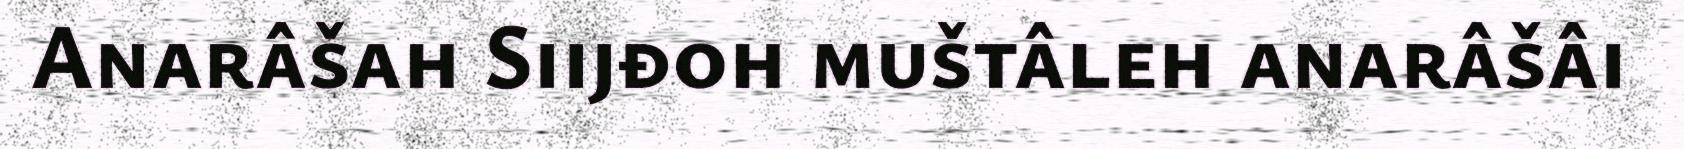
Anarâšah Siijđoh muštâleh anarâšâi